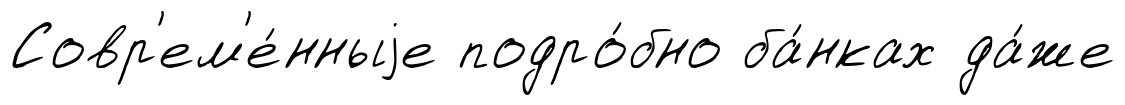
Совр'ем'е́нныjе подро́бно ба́нках да́же